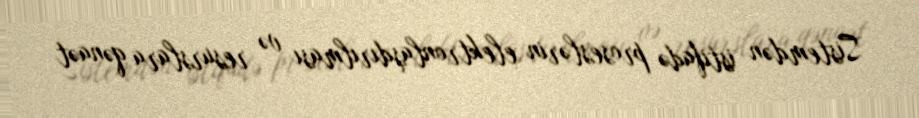
Sistemdən istifadə proseslərin elektronlaşdırılması və resurslara qənaət